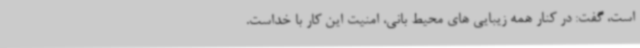
است، گفت: در کنار همه زیبایی های محیط بانی، امنیت این کار با خداست.